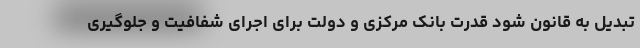
تبدیل به قانون شود قدرت بانک مرکزی و دولت برای اجرای شفافیت و جلوگیری